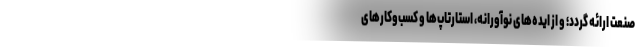
صنعت ارائه گردد؛ و از ایده‌های نوآورانه، استارتاپ‌ها و کسب‌وکارهای